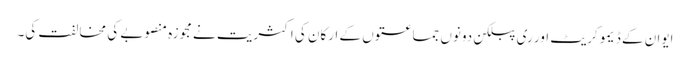
ایوان کے ڈیمو کریٹ اور ری پبلکن دونوں جماعتوں کے ارکان کی اکثریت نے مجوزہ منصوبے کی مخالفت کی۔